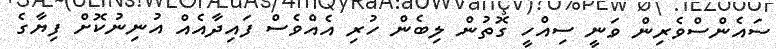
ސައެންސްވެރިން ވަނީ ސިއްހީ ގޮތުން ލިބެން ހުރި އެއްވެސް ފައިދާއެއް އުނިނުކޮށް ފިޔާގެ